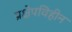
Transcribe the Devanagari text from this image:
प्रक्षेपविहीन